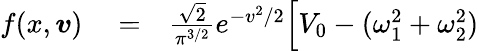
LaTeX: \begin{array}{rlr}{f(x,\boldsymbol{v})}&{{}=}&{\frac{\sqrt{2}}{\pi^{3/2}}e^{-v^{2}/2}\Big[V_{0}-(\omega_{1}^{2}+\omega_{2}^{2})}\end{array}